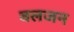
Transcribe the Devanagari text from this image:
बलजन